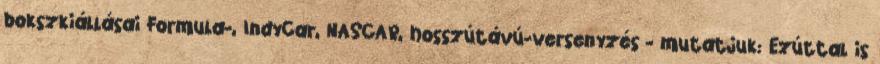
bokszkiállásai Formula-, IndyCar, NASCAR, hosszútávú-versenyzés - mutatjuk: Ezúttal is